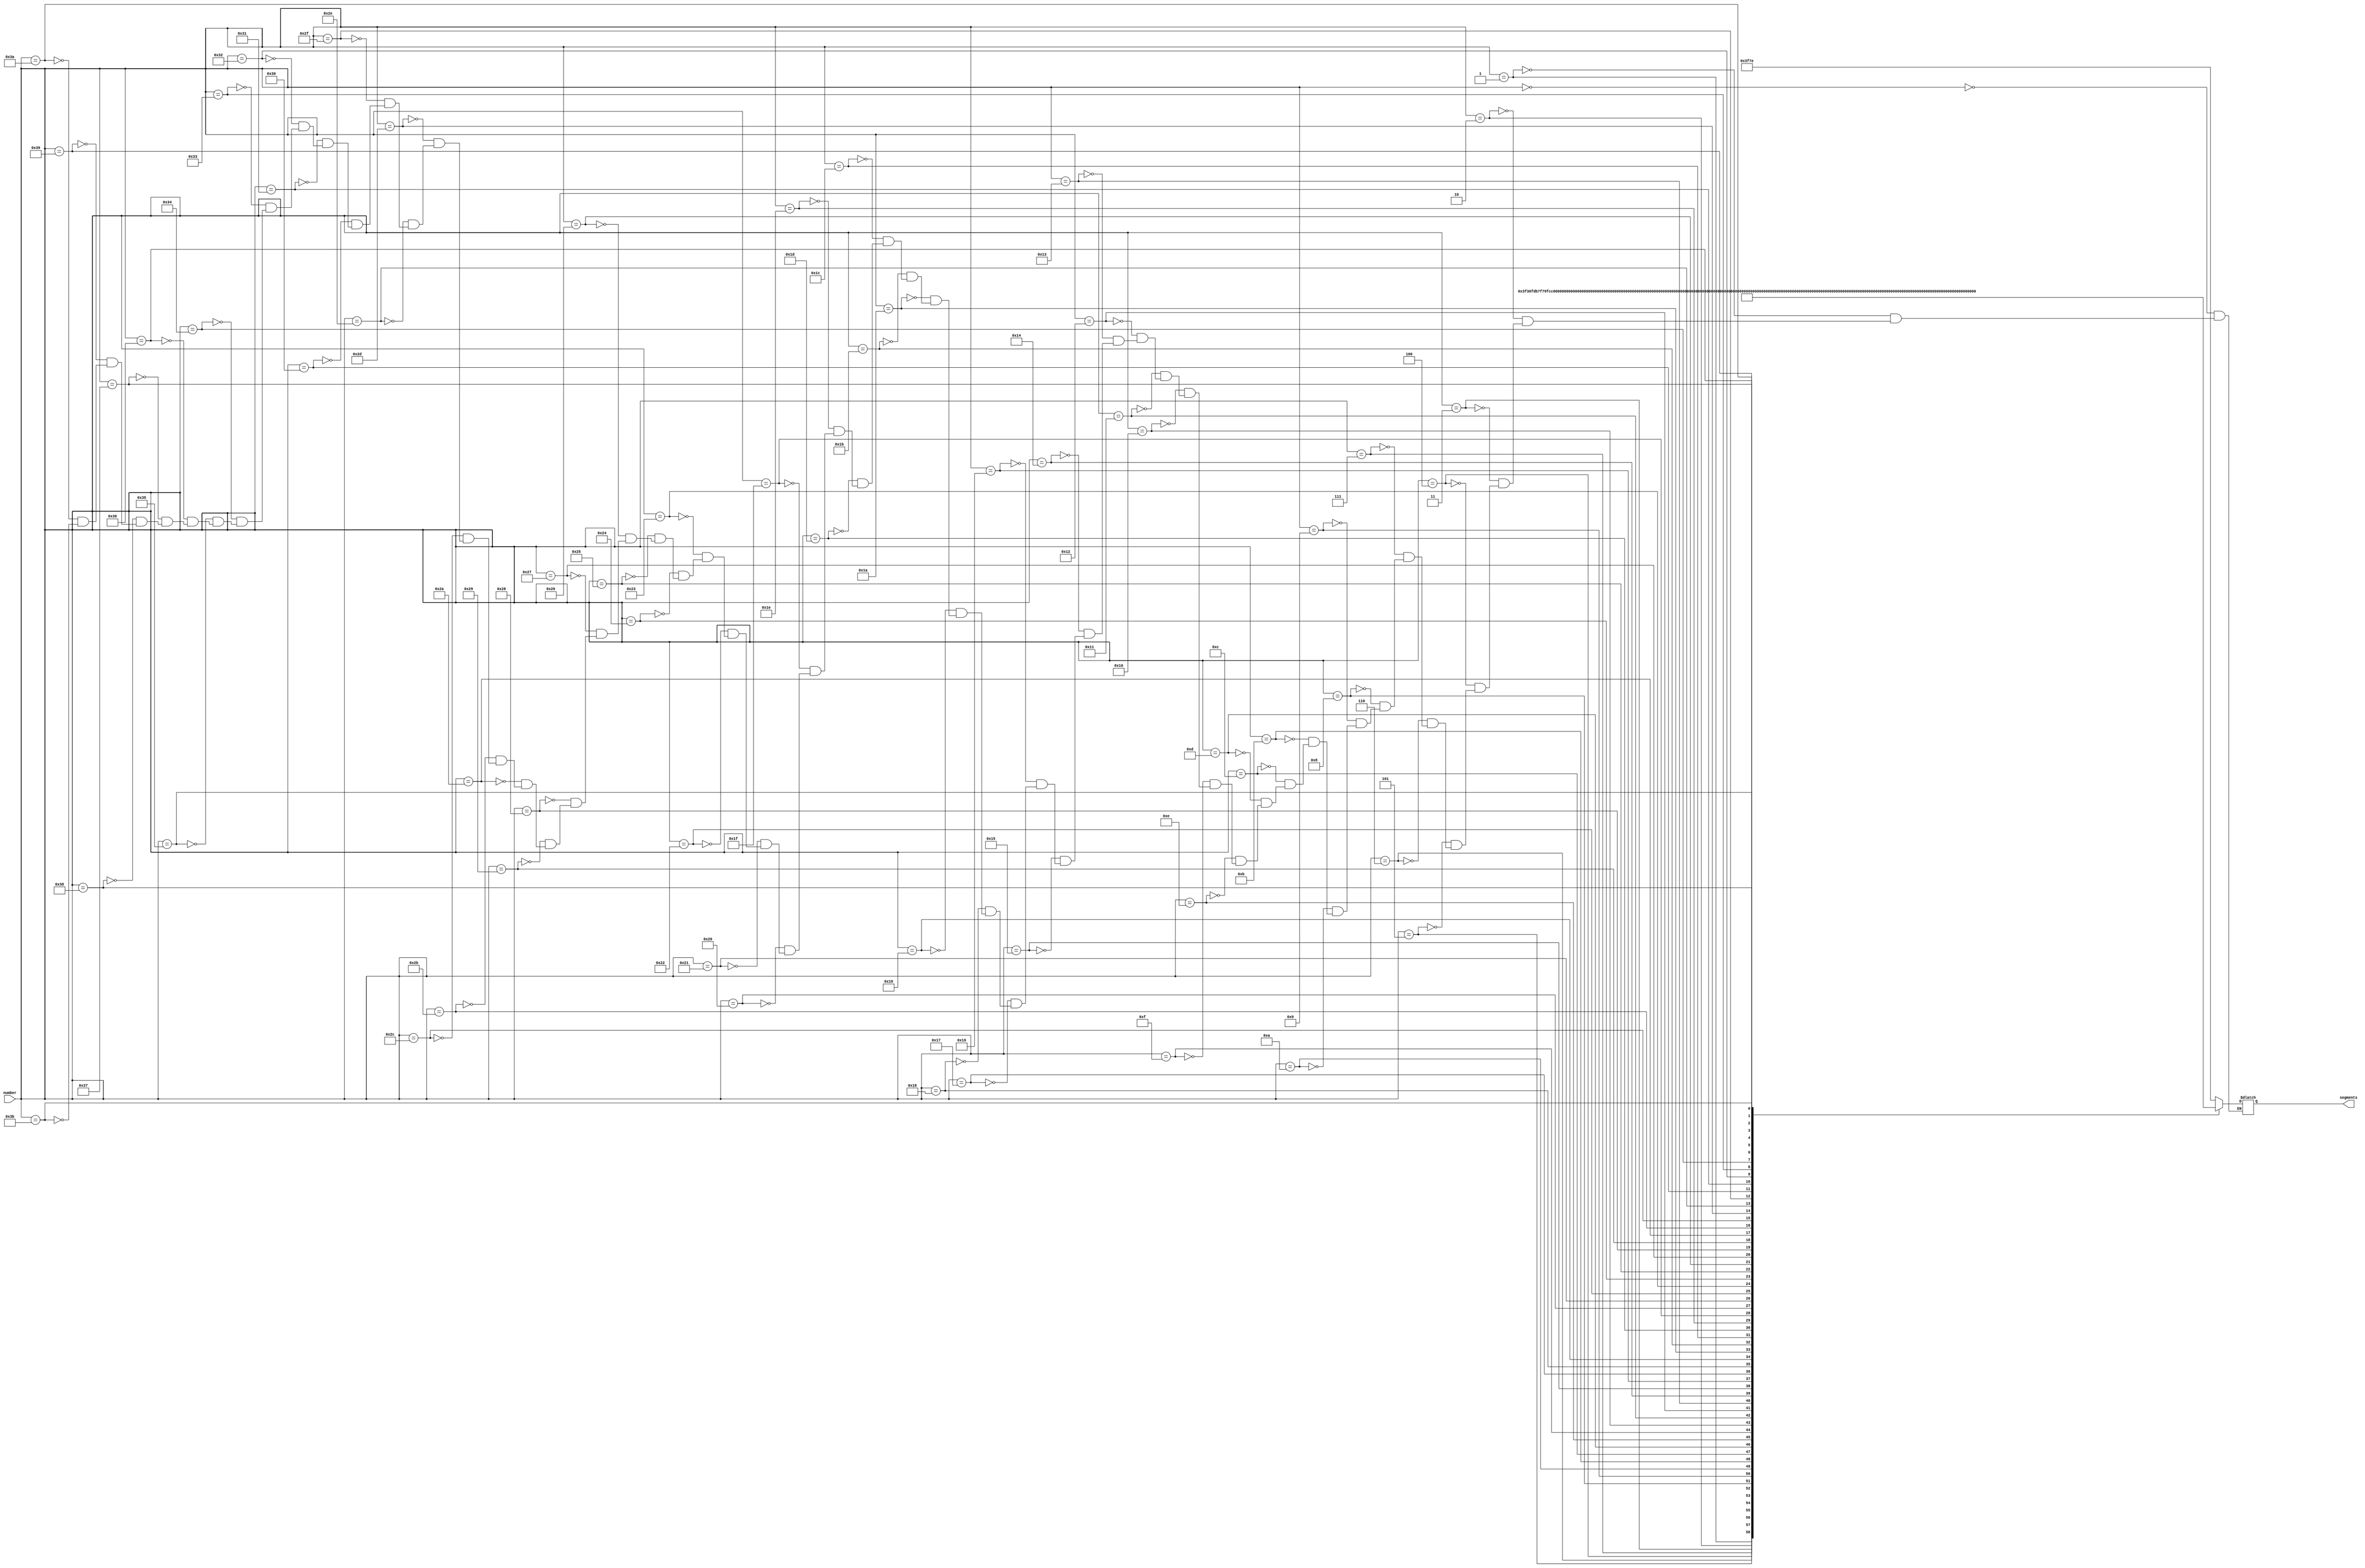
`timescale 1ns / 1ps
//////////////////////////////////////////////////////////////////////////////////
// Company: 
// Engineer: 
// 
// Design Name: 
// Module Name:    segments 
// Project Name: 
// Target Devices: 
// Tool versions: 
// Description: 
//
// Dependencies: 
//
// Revision: 
// Revision 0.01 - File Created
// Additional Comments: 
//
//////////////////////////////////////////////////////////////////////////////////
module segments(
    input [5:0] number,
	output reg [13:0] segments
	);
	
	//seven segments value 
	/*
	 x : 7'babcdefg;
	 0 : 7'b1111110;			         a
	 1 : 7'b0110000;                ---
	 2 : 7'b1101101;              f| g |b
	 3 : 7'b1111001;                --- 
	 4 : 7'b0110011;              e|   |c
	 5 : 7'b1011011;                ---
	 6 : 7'b1011111;			         d
	 7 : 7'b1110001;
	 8 : 7'b1111111;
	 9 : 7'b1111011;
	*/
	always@*
		begin
			case(number)
				6'd00 : segments =  14'b1111110_1111110;
				6'd01 : segments =  14'b1111110_0110000;
				6'd02 : segments =  14'b1111110_1101101;
				6'd03 : segments =  14'b1111110_1111001;
				6'd04 : segments =  14'b1111110_0110011;
				6'd05 : segments =  14'b1111110_1011011;
				6'd06 : segments =  14'b1111110_1011111;
				6'd07 : segments =  14'b1111110_1110001;
				6'd08 : segments =  14'b1111110_1111111;
				6'd09 : segments =  14'b1111110_1111011;
				
				6'd10 : segments =  14'b0110000_1111110;
				6'd11 : segments =  14'b0110000_0110000;
				6'd12 : segments =  14'b0110000_1101101;
				6'd13 : segments =  14'b0110000_1111001;
				6'd14 : segments =  14'b0110000_0110011;
				6'd15 : segments =  14'b0110000_1011011;
				6'd16 : segments =  14'b0110000_1011111;
				6'd17 : segments =  14'b0110000_1110001;
				6'd18 : segments =  14'b0110000_1111111;
				6'd19 : segments =  14'b0110000_1111011;
				
				6'd20 : segments =  14'b1101101_1111110;
				6'd21 : segments =  14'b1101101_0110000;
				6'd22 : segments =  14'b1101101_1101101;
				6'd23 : segments =  14'b1101101_1111001;
				6'd24 : segments =  14'b1101101_0110011;
				6'd25 : segments =  14'b1101101_1011011;
				6'd26 : segments =  14'b1101101_1011111;
				6'd27 : segments =  14'b1101101_1110001;
				6'd28 : segments =  14'b1101101_1111111;
				6'd29 : segments =  14'b1101101_1111011;
				
				6'd30 : segments =  14'b1111001_1111110;
				6'd31 : segments =  14'b1111001_0110000;
				6'd32 : segments =  14'b1111001_1101101;
				6'd33 : segments =  14'b1111001_1111001;
				6'd34 : segments =  14'b1111001_0110011;
				6'd35 : segments =  14'b1111001_1011011;
				6'd36 : segments =  14'b1111001_1011111;
				6'd37 : segments =  14'b1111001_1110001;
				6'd38 : segments =  14'b1111001_1111111;
				6'd39 : segments =  14'b1111001_1111011;
				
				6'd40 : segments =  14'b0110011_1111110;
				6'd41 : segments =  14'b0110011_0110000;
				6'd42 : segments =  14'b0110011_1101101;
				6'd43 : segments =  14'b0110011_1111001;
				6'd44 : segments =  14'b0110011_0110011;
				6'd45 : segments =  14'b0110011_1011011;
				6'd46 : segments =  14'b0110011_1011111;
				6'd47 : segments =  14'b0110011_1110001;
				6'd48 : segments =  14'b0110011_1111111;
				6'd49 : segments =  14'b0110011_1111011;
				
				6'd50 : segments =  14'b1011011_1111110;
				6'd51 : segments =  14'b1011011_0110000;
				6'd52 : segments =  14'b1011011_1101101;
				6'd53 : segments =  14'b1011011_1111001;
				6'd54 : segments =  14'b1011011_0110011;
				6'd55 : segments =  14'b1011011_1011011;
				6'd56 : segments =  14'b1011011_1011111;
				6'd57 : segments =  14'b1011011_1110001;
				6'd58 : segments =  14'b1011011_1111111;
				6'd59 : segments =  14'b1011011_1111011;
			
				//Easy not to write in Notepad++ 
				//ALT + SHIF + arrow key select multiple line : delete value of d 
				//ALT + C open column editor write initial and incremented by 1 value and press ok
				
			endcase
		end

endmodule